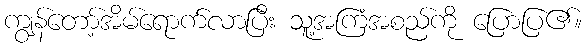
ကျွန်တော့်အိမ်ရောက်လာပြီး သူ့အကြံအစည်ကို ပြောပြ၏။